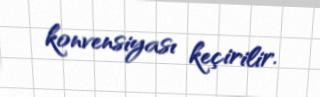
konvensiyası keçirilir.